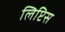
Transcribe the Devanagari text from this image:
लिप्टिस